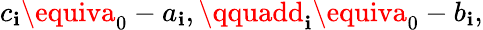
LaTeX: c_{\mathbf{i}}\equiva_{0}-a_{\mathbf{i}},\qquadd_{\mathbf{i}}\equiva_{0}-b_{\mathbf{i}},